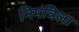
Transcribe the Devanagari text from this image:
निमंत्रिला